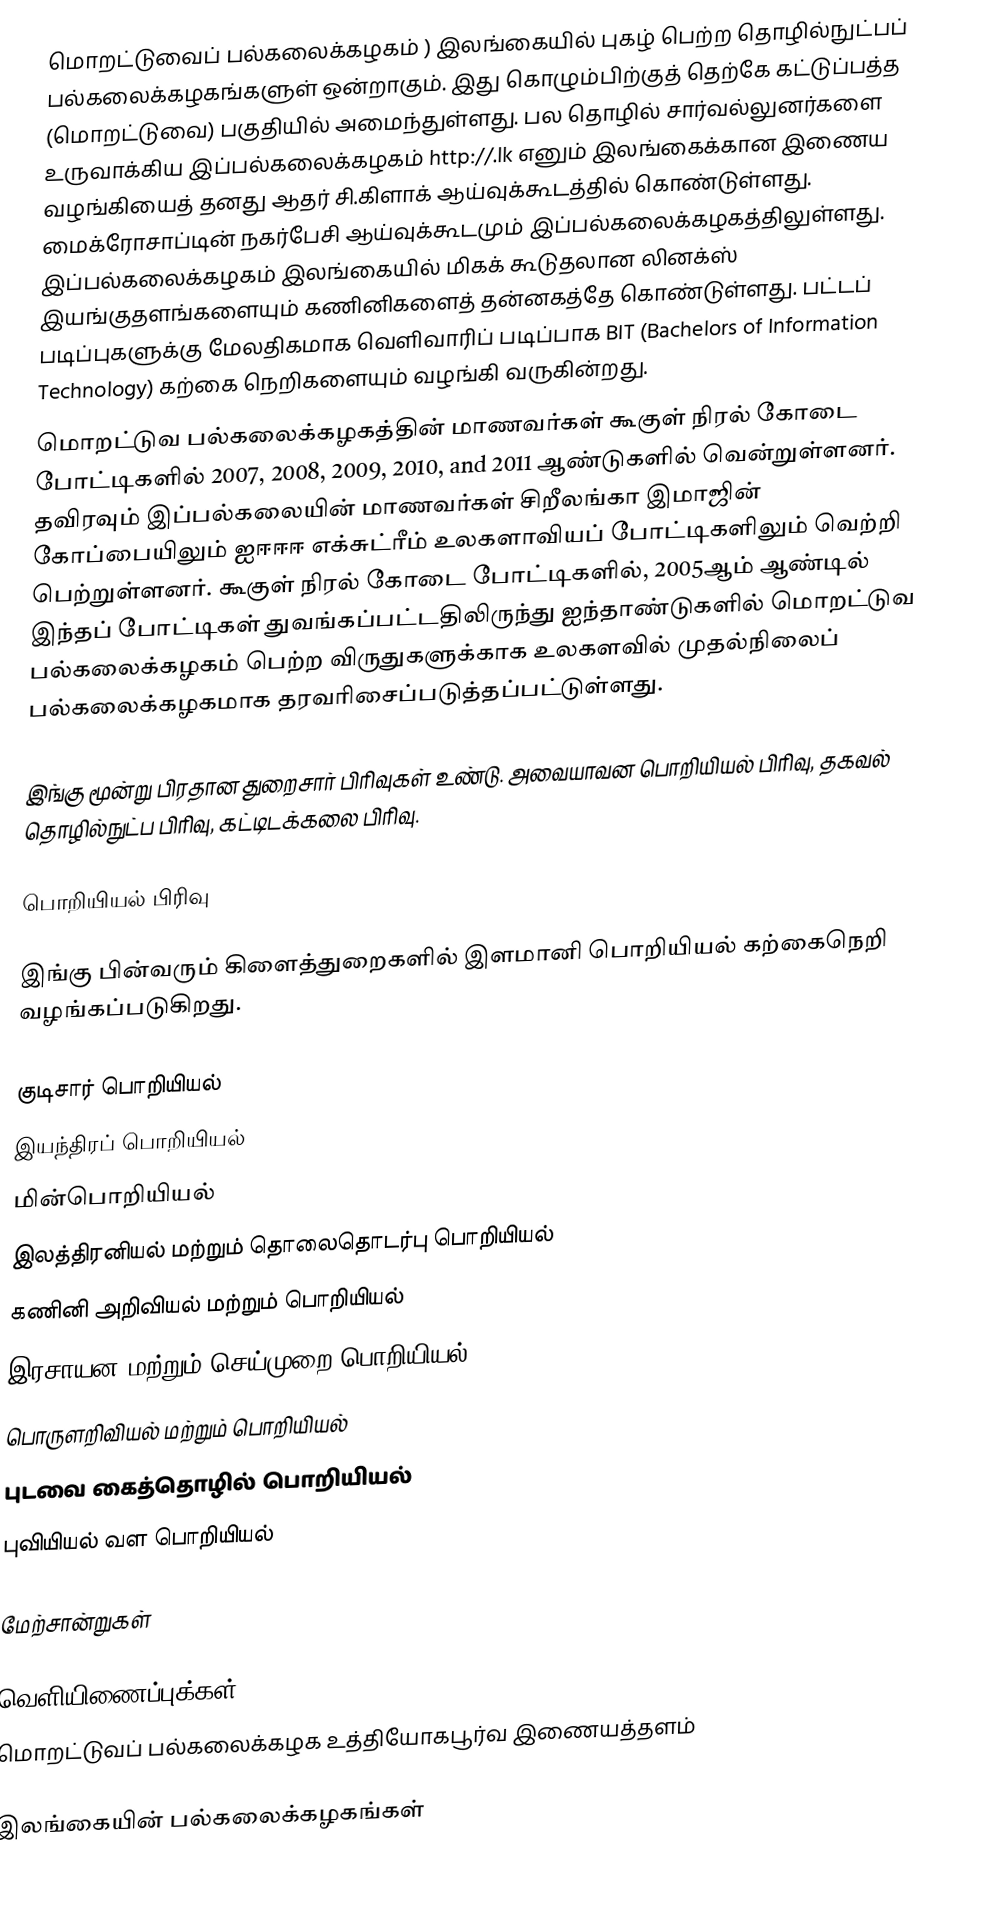
மொறட்டுவைப் பல்கலைக்கழகம்  ) இலங்கையில் புகழ் பெற்ற தொழில்நுட்பப் பல்கலைக்கழகங்களுள் ஒன்றாகும். இது கொழும்பிற்குத் தெற்கே கட்டுப்பத்த (மொறட்டுவை) பகுதியில் அமைந்துள்ளது. பல தொழில் சார்வல்லுனர்களை உருவாக்கிய இப்பல்கலைக்கழகம் http://.lk  எனும் இலங்கைக்கான இணைய வழங்கியைத் தனது ஆதர் சி.கிளாக் ஆய்வுக்கூடத்தில் கொண்டுள்ளது. மைக்ரோசாப்டின் நகர்பேசி ஆய்வுக்கூடமும் இப்பல்கலைக்கழகத்திலுள்ளது. இப்பல்கலைக்கழகம் இலங்கையில் மிகக் கூடுதலான லினக்ஸ் இயங்குதளங்களையும் கணினிகளைத் தன்னகத்தே கொண்டுள்ளது. பட்டப் படிப்புகளுக்கு மேலதிகமாக வெளிவாரிப் படிப்பாக BIT (Bachelors of Information Technology) கற்கை நெறிகளையும் வழங்கி வருகின்றது.
மொறட்டுவ பல்கலைக்கழகத்தின் மாணவர்கள் கூகுள் நிரல் கோடை போட்டிகளில் 2007, 2008, 2009, 2010, and 2011 ஆண்டுகளில் வென்றுள்ளனர். தவிரவும் இப்பல்கலையின் மாணவர்கள் சிறீலங்கா இமாஜின் கோப்பையிலும் ஐஈஈஈ எக்சுட்ரீம் உலகளாவியப் போட்டிகளிலும்  வெற்றி பெற்றுள்ளனர். கூகுள் நிரல் கோடை போட்டிகளில், 2005ஆம் ஆண்டில் இந்தப் போட்டிகள் துவங்கப்பட்டதிலிருந்து ஐந்தாண்டுகளில்  மொறட்டுவ பல்கலைக்கழகம் பெற்ற விருதுகளுக்காக  உலகளவில் முதல்நிலைப் பல்கலைக்கழகமாக தரவரிசைப்படுத்தப்பட்டுள்ளது.

இங்கு மூன்று பிரதான துறைசார் பிரிவுகள் உண்டு. அவையாவன பொறியியல் பிரிவு, தகவல் தொழில்நுட்ப பிரிவு, கட்டிடக்கலை பிரிவு.

பொறியியல் பிரிவு

இங்கு பின்வரும் கிளைத்துறைகளில் இளமானி பொறியியல் கற்கைநெறி வழங்கப்படுகிறது.

 குடிசார் பொறியியல்
 இயந்திரப் பொறியியல்
 மின்பொறியியல்
 இலத்திரனியல் மற்றும் தொலைதொடர்பு பொறியியல்
 கணினி அறிவியல் மற்றும் பொறியியல்
 இரசாயன மற்றும் செய்முறை பொறியியல்
 பொருளறிவியல் மற்றும் பொறியியல்
 புடவை கைத்தொழில் பொறியியல்
 புவியியல் வள பொறியியல்

மேற்சான்றுகள்

வெளியிணைப்புக்கள்
 மொறட்டுவப் பல்கலைக்கழக உத்தியோகபூர்வ இணையத்தளம்

இலங்கையின் பல்கலைக்கழகங்கள்